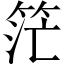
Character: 𥭎